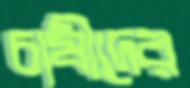
চাষীদের